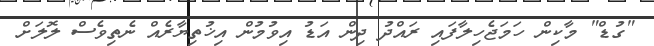
"ގުޑް" މާކިން ހަމަޖެހިލާފައި ރައްދު ދިން އަޑު އިވުމުން އިޚުތިޔާރެއް ނެތިވެސް ލޮލަށް